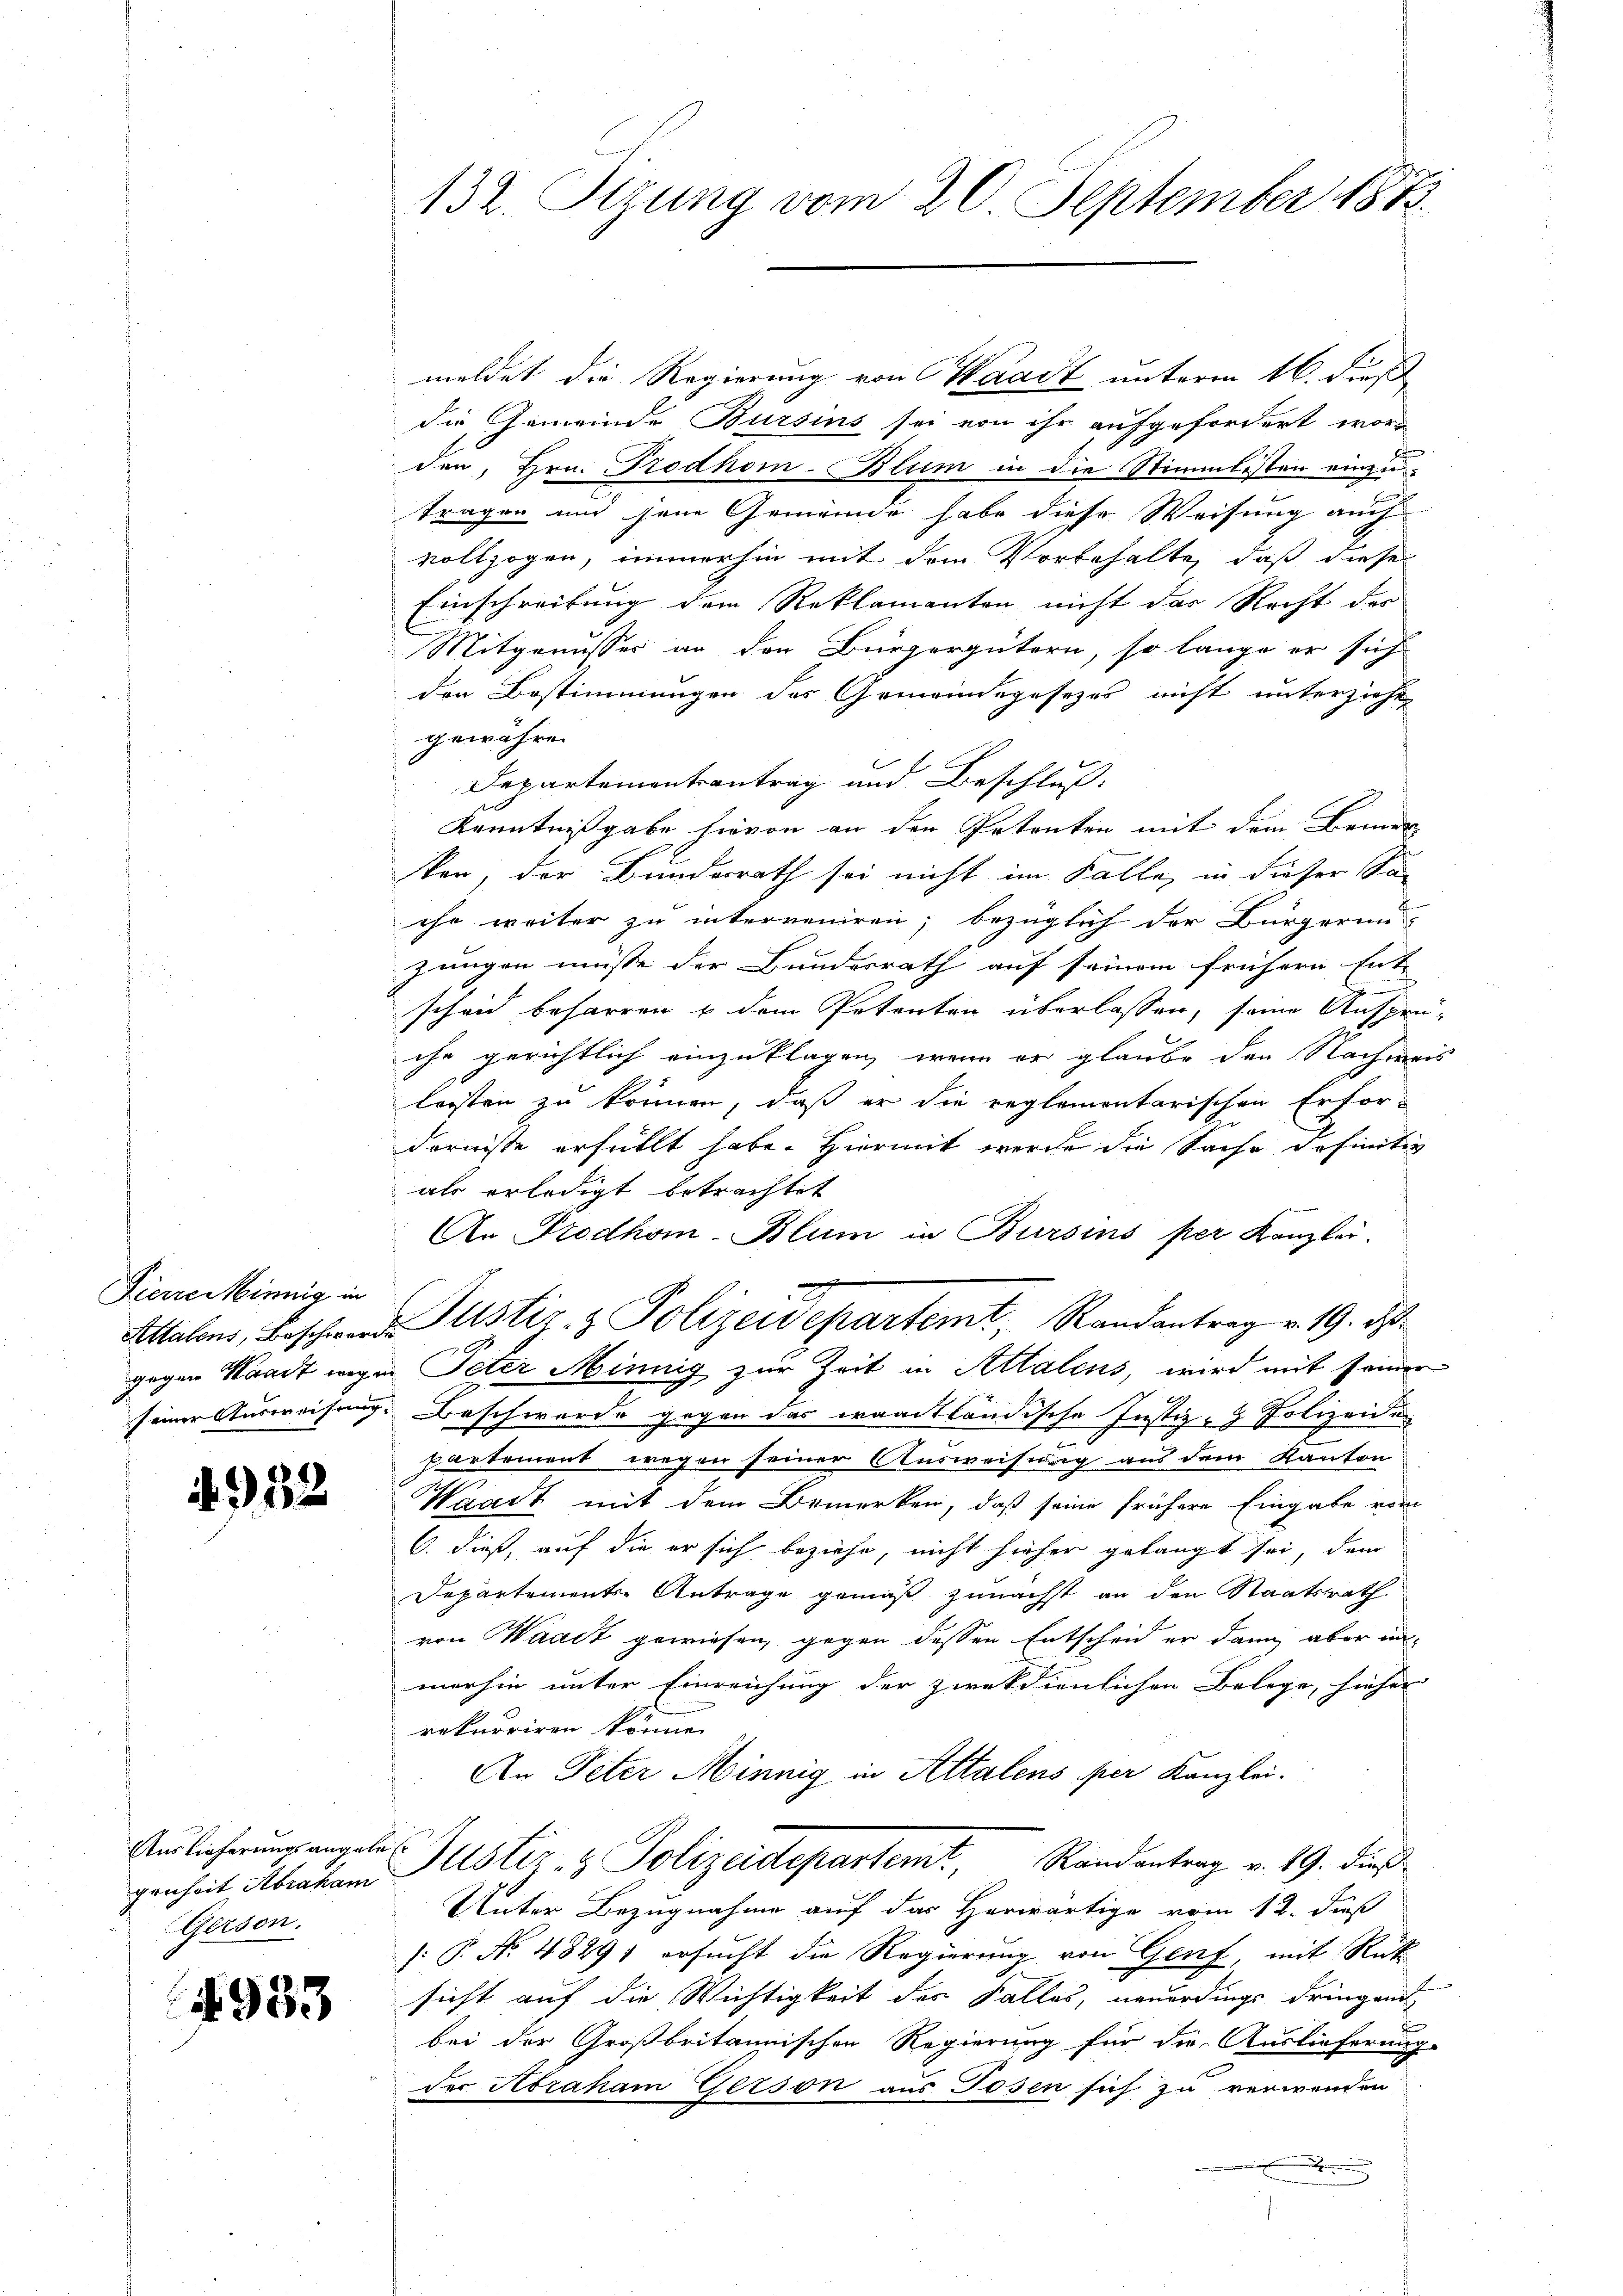
Pierre Minnig in

4932

genheit Abraham
(Gerson.

§ 933

132. Sitzung vom 20. September 1873.

meldet die Regierung von Waadt unterm 16. dieß
die Gemeinde Bursins sei von ihr aufgefordert worden, Hrn. Trodhom-Blum in die Stimmlisten einzutragen und jene Gemeinde habe diese Weisung auch
vollzogen, immerhin mit dem Vorbehalte, daß diese
Einschreibung dem Reklamanten nicht das Recht der
Mitgenusses an den Bürgergütern, so lange er sich
den Bestimmungen des Gemeindegesezes nicht unterziehen
gewähren.
Departementantrag und Beschluß:
Kenntnißgabe hievon an den Petenten mit dem Brie
sten, der Bundesrath sei nicht im Falle, in dieser Sa
ihe weiter zu interveniren; bezüglich der Bürgerin-
jungen müsse der Bundesrath auf seinem frühern Ent-
scheid beharren u dem Petenten überlassen, seine Ansprü-
ihr gerichtlich einzuklagen, wenn er glaube den Nachweis
lasten zu können, daß er die reglementarischen Erfordernisse erfüllt habe. Hiermit werde die Sache definitiv
als erledigt betrachtet
An Prodhom-Blum in Bursins per Kanzlei.
Attalons, Beschwerden Justiz- & Polizeidepartemt, Randantrag v. 19. ds.
gegen Waadt wegen Peter Minnig zur Zeit in Attalens, wird mit seiner
seiner Ausweisung. Beschwerde gegen das waadtländische Justiz- & Polizeiden
partement wegen seiner Ausweisung aus dem Kanton
Waadt mit dem Bemerken, daß seine frühere Eingabe vom
C. dieß, auf die er sich beziehe, nicht hieher gelangt sei, dem
Departements-Antrage gemäß zunächst an den Staatsrath
von Waadt gewiesen, gegen dessen Entscheid er dann aber in-
merhin unter Einreichung der ziekdienlichen Belege, hieher
rekurriren könne.
An Peter Minnig in Altalens per Kanzlei.
Auslicherungsangele Justiz- & Polizeidepartemt, Randantrag v. 19. dieß
Unter Bezugnahme auf das Herwärtige vom 12. dieß
[: P. No. 48291 ersucht die Regierung von Genf, mit Rück
sicht auf die Wichtigkeit des Falles, neuerdings dringen
bei der Großbritannischen Regierung für die Auslieferung.
der Abraham Gerson aus Josen sich zu verwenden
.